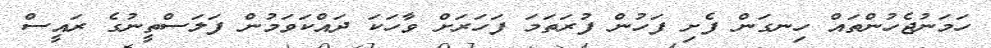
ހަމަނުޖެހުންތައް ހިނގަން ފެށި ފަހުން ފުރަތަމަ ފަހަރަށް ވާހަކަ ދައްކަވަމުން ފަލަސްތީނުގެ ރައީސް